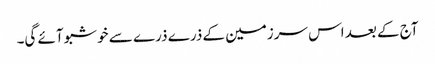
آج کے بعد اس سرزمین کے ذرے ذرے سے خوشبو آئے گی۔